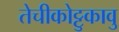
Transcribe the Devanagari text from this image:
तेचीकोट्टुकावु